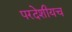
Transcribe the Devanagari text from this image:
परदेशीयच